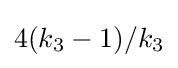
4(k_{3}-1)/k_{3}